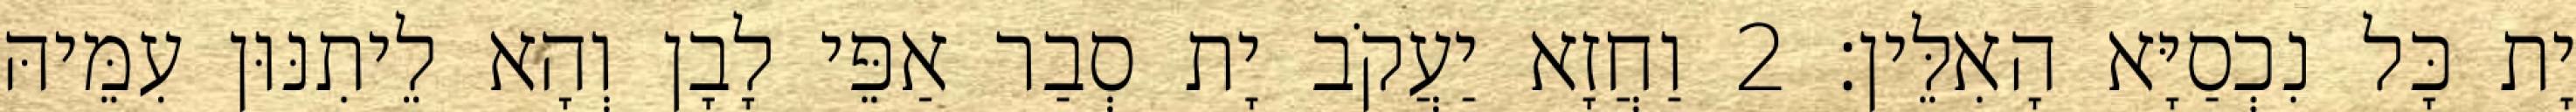
יָת כָּל נִכְסַיָּא הָאִלֵּין׃ 2 וַחֲזָא יַעֲקֹב יָת סְבַר אַפֵּי לָבָן וְהָא לֵיתִנּוּן עִמֵּיהּ